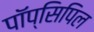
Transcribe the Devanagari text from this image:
पॉप्सिपिल